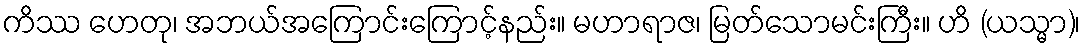
ကိဿ ဟေတု၊ အဘယ်အကြောင်းကြောင့်နည်း။ မဟာရာဇ၊ မြတ်သောမင်းကြီး။ ဟိ (ယသ္မာ)၊